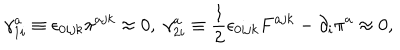
LaTeX: \gamma _ { 1 i } ^ { a } \equiv \epsilon _ { 0 i j k } \pi ^ { a j k } \approx 0 , \; \gamma _ { 2 i } ^ { a } \equiv \frac { 1 } { 2 } \epsilon _ { 0 i j k } F ^ { a j k } - \partial _ { i } \pi ^ { a } \approx 0 ,